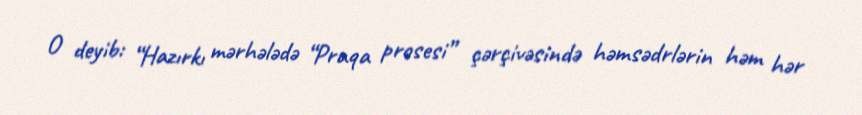
O deyib: “Hazırkı mərhələdə “Praqa prosesi” çərçivəsində həmsədrlərin həm hər